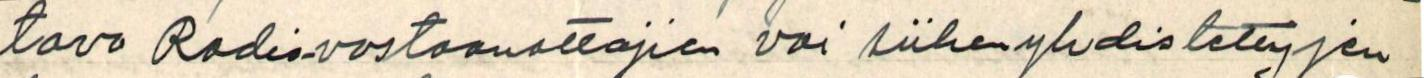
tava radio-vastaanottajien vai siihen yhdistettyjen